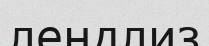
лендлиз